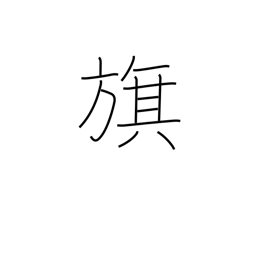
Meaning: banner